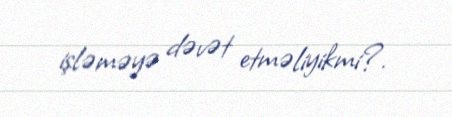
işləməyə dəvət etməliyikmi?.